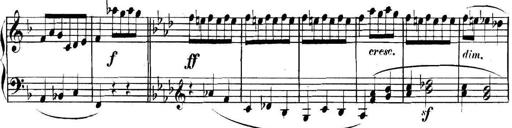
Title: Collected Piano Sonatas
Composer: Muzio Clementi